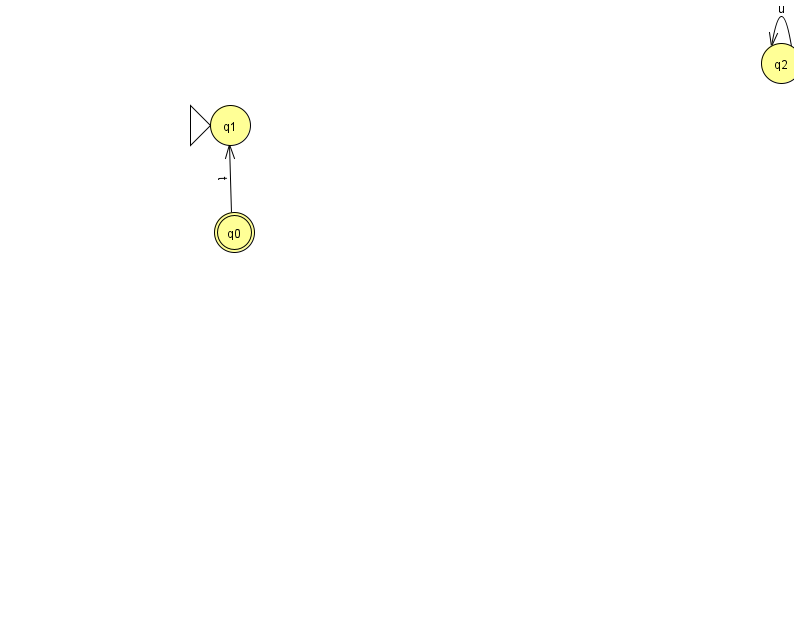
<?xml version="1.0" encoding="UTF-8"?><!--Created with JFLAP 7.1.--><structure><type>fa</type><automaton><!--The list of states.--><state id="0" name="q0"><x>234.0</x><y>219.0</y><final/></state><state id="1" name="q1"><x>230.0</x><y>112.0</y><initial/></state><state id="2" name="q2"><x>781.0</x><y>50.0</y></state><!--The list of transitions.--><transition><from>0</from><to>1</to><read>t</read></transition><transition><from>2</from><to>2</to><read>u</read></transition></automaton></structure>